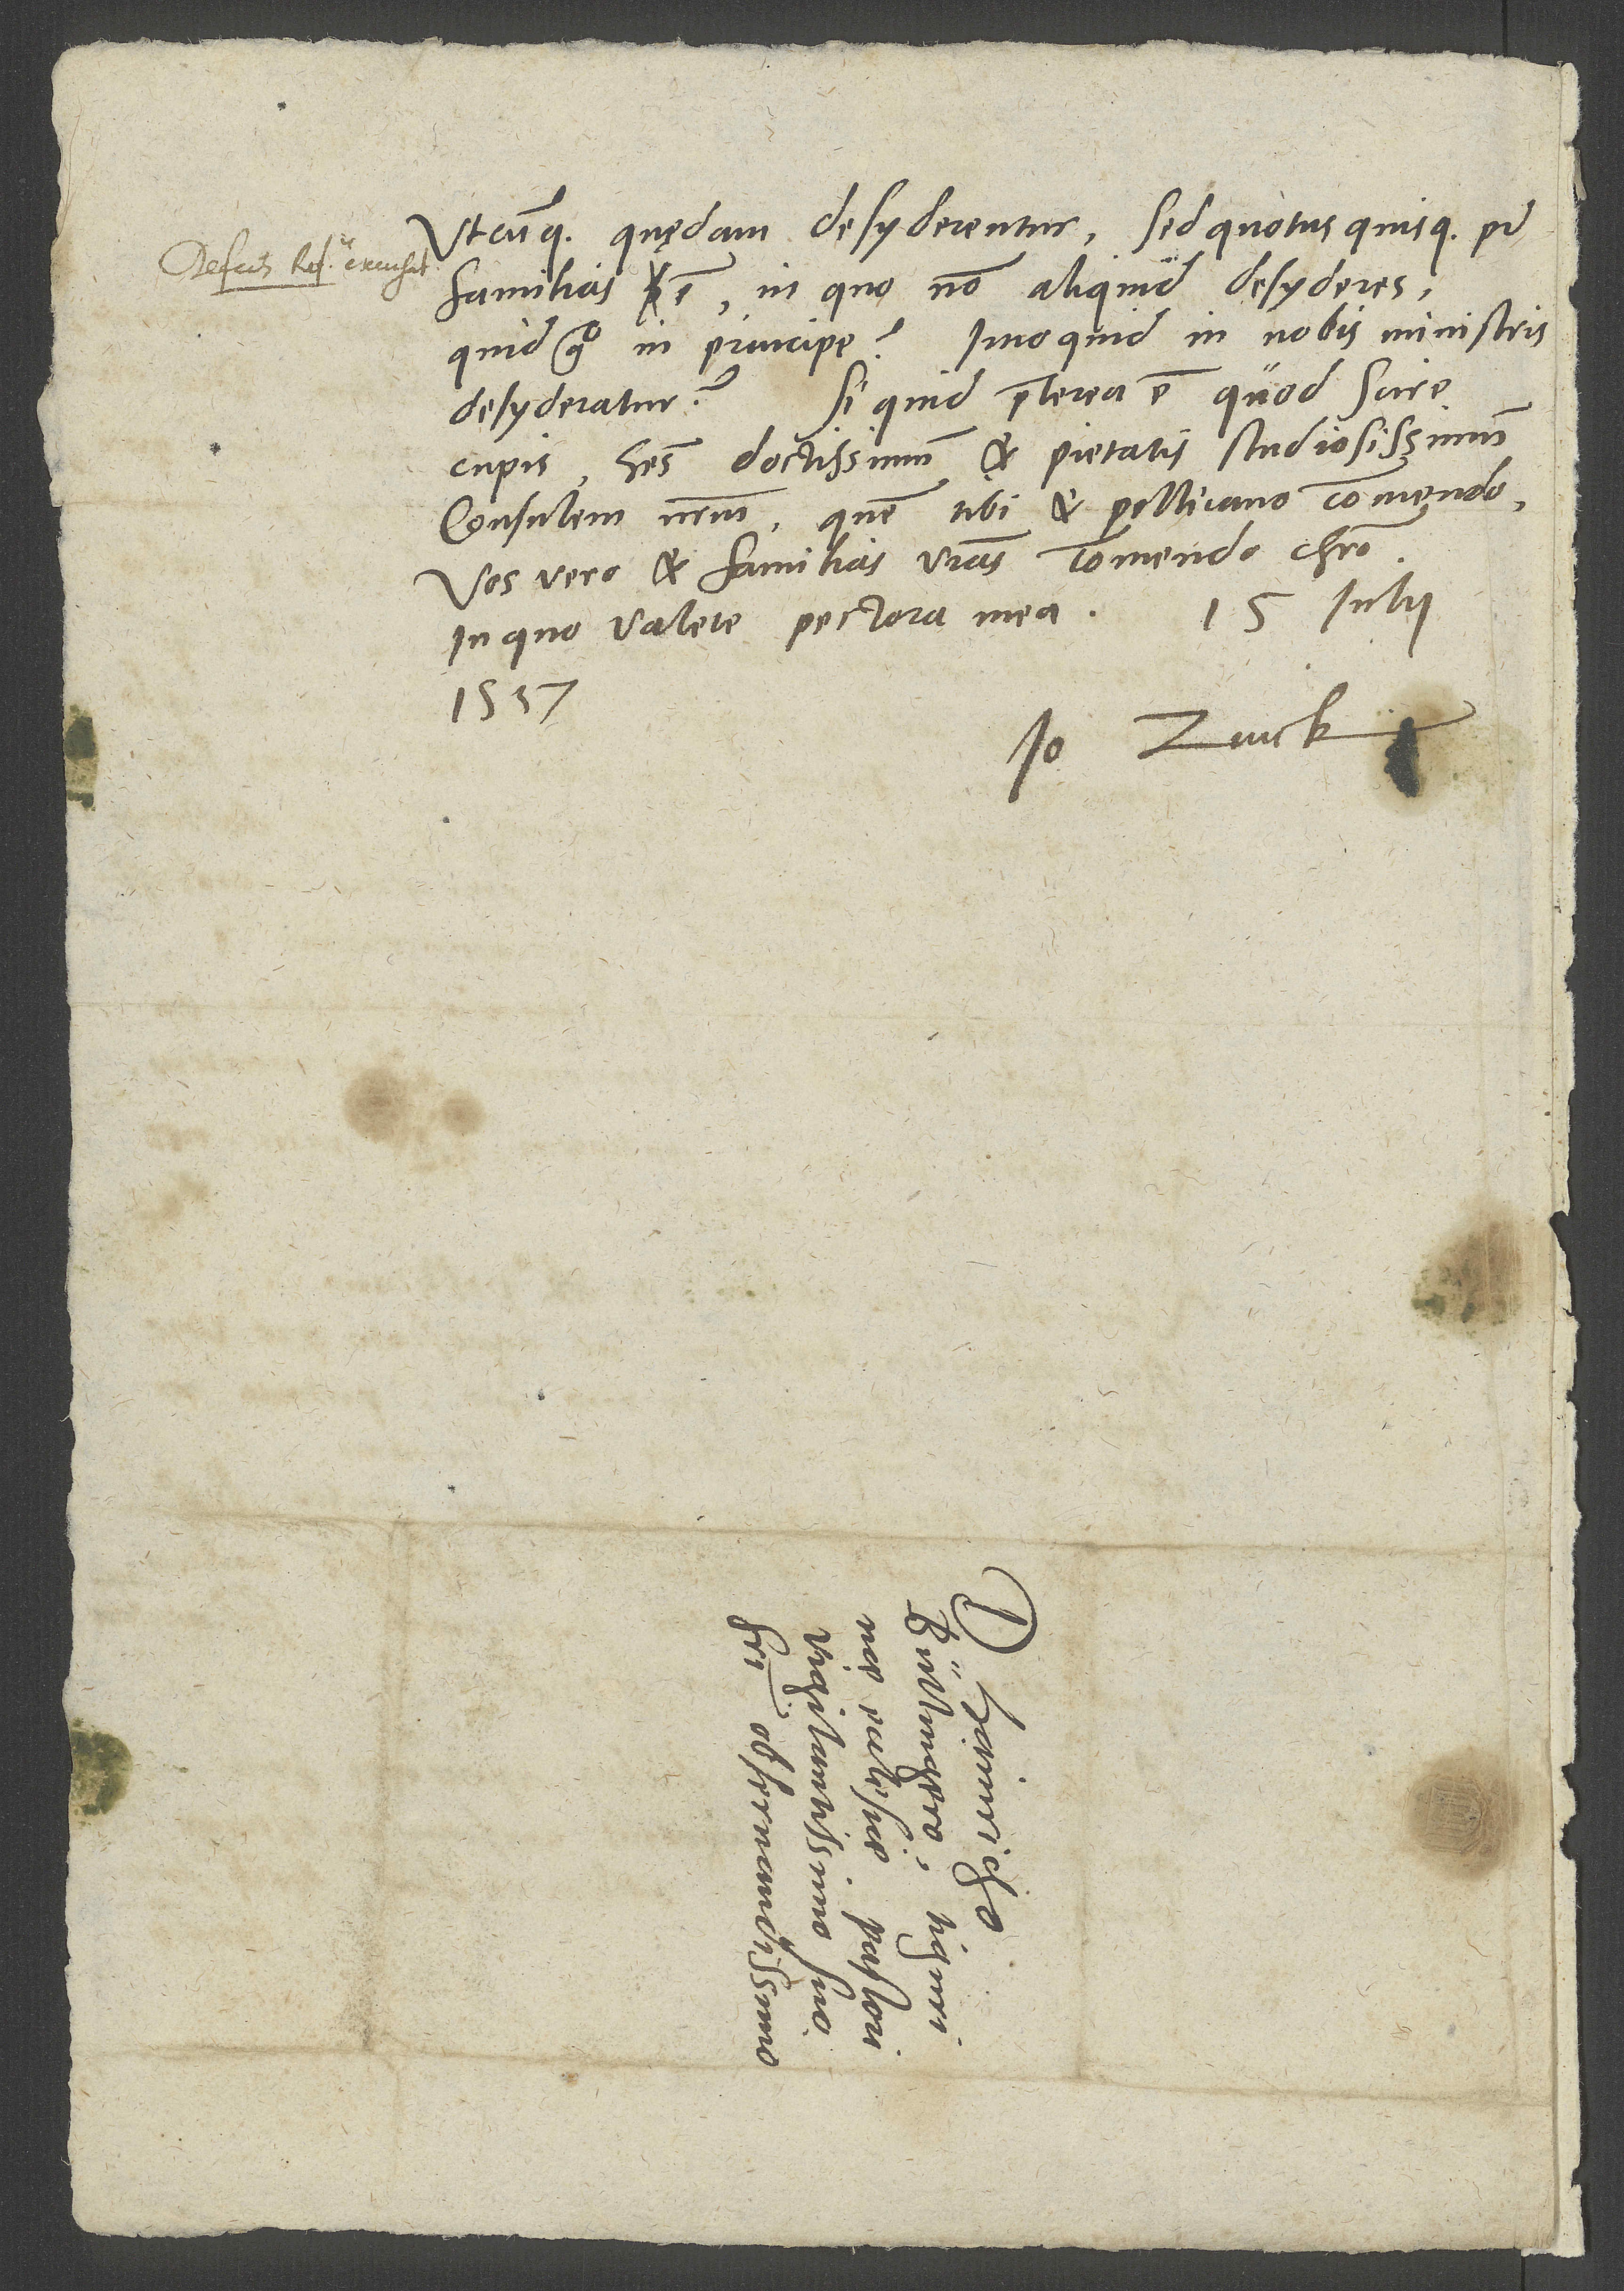
utcunque quędam desyderentur. Sed quotus quisque pater
familias est, in quo non aliquid desyderes;
quid ergo in principe, imo quid in nobis ministris
Si quid praeterea est, quod scire
desyderatur?
cupis, habes doctissimum et pietatis studiosissimum
consulem nostrum, quem tibi et Pellicano commendo.
Vos vero et familias vestras commendo Christo,
1537.
Io. Zvick.